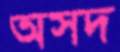
অসদ